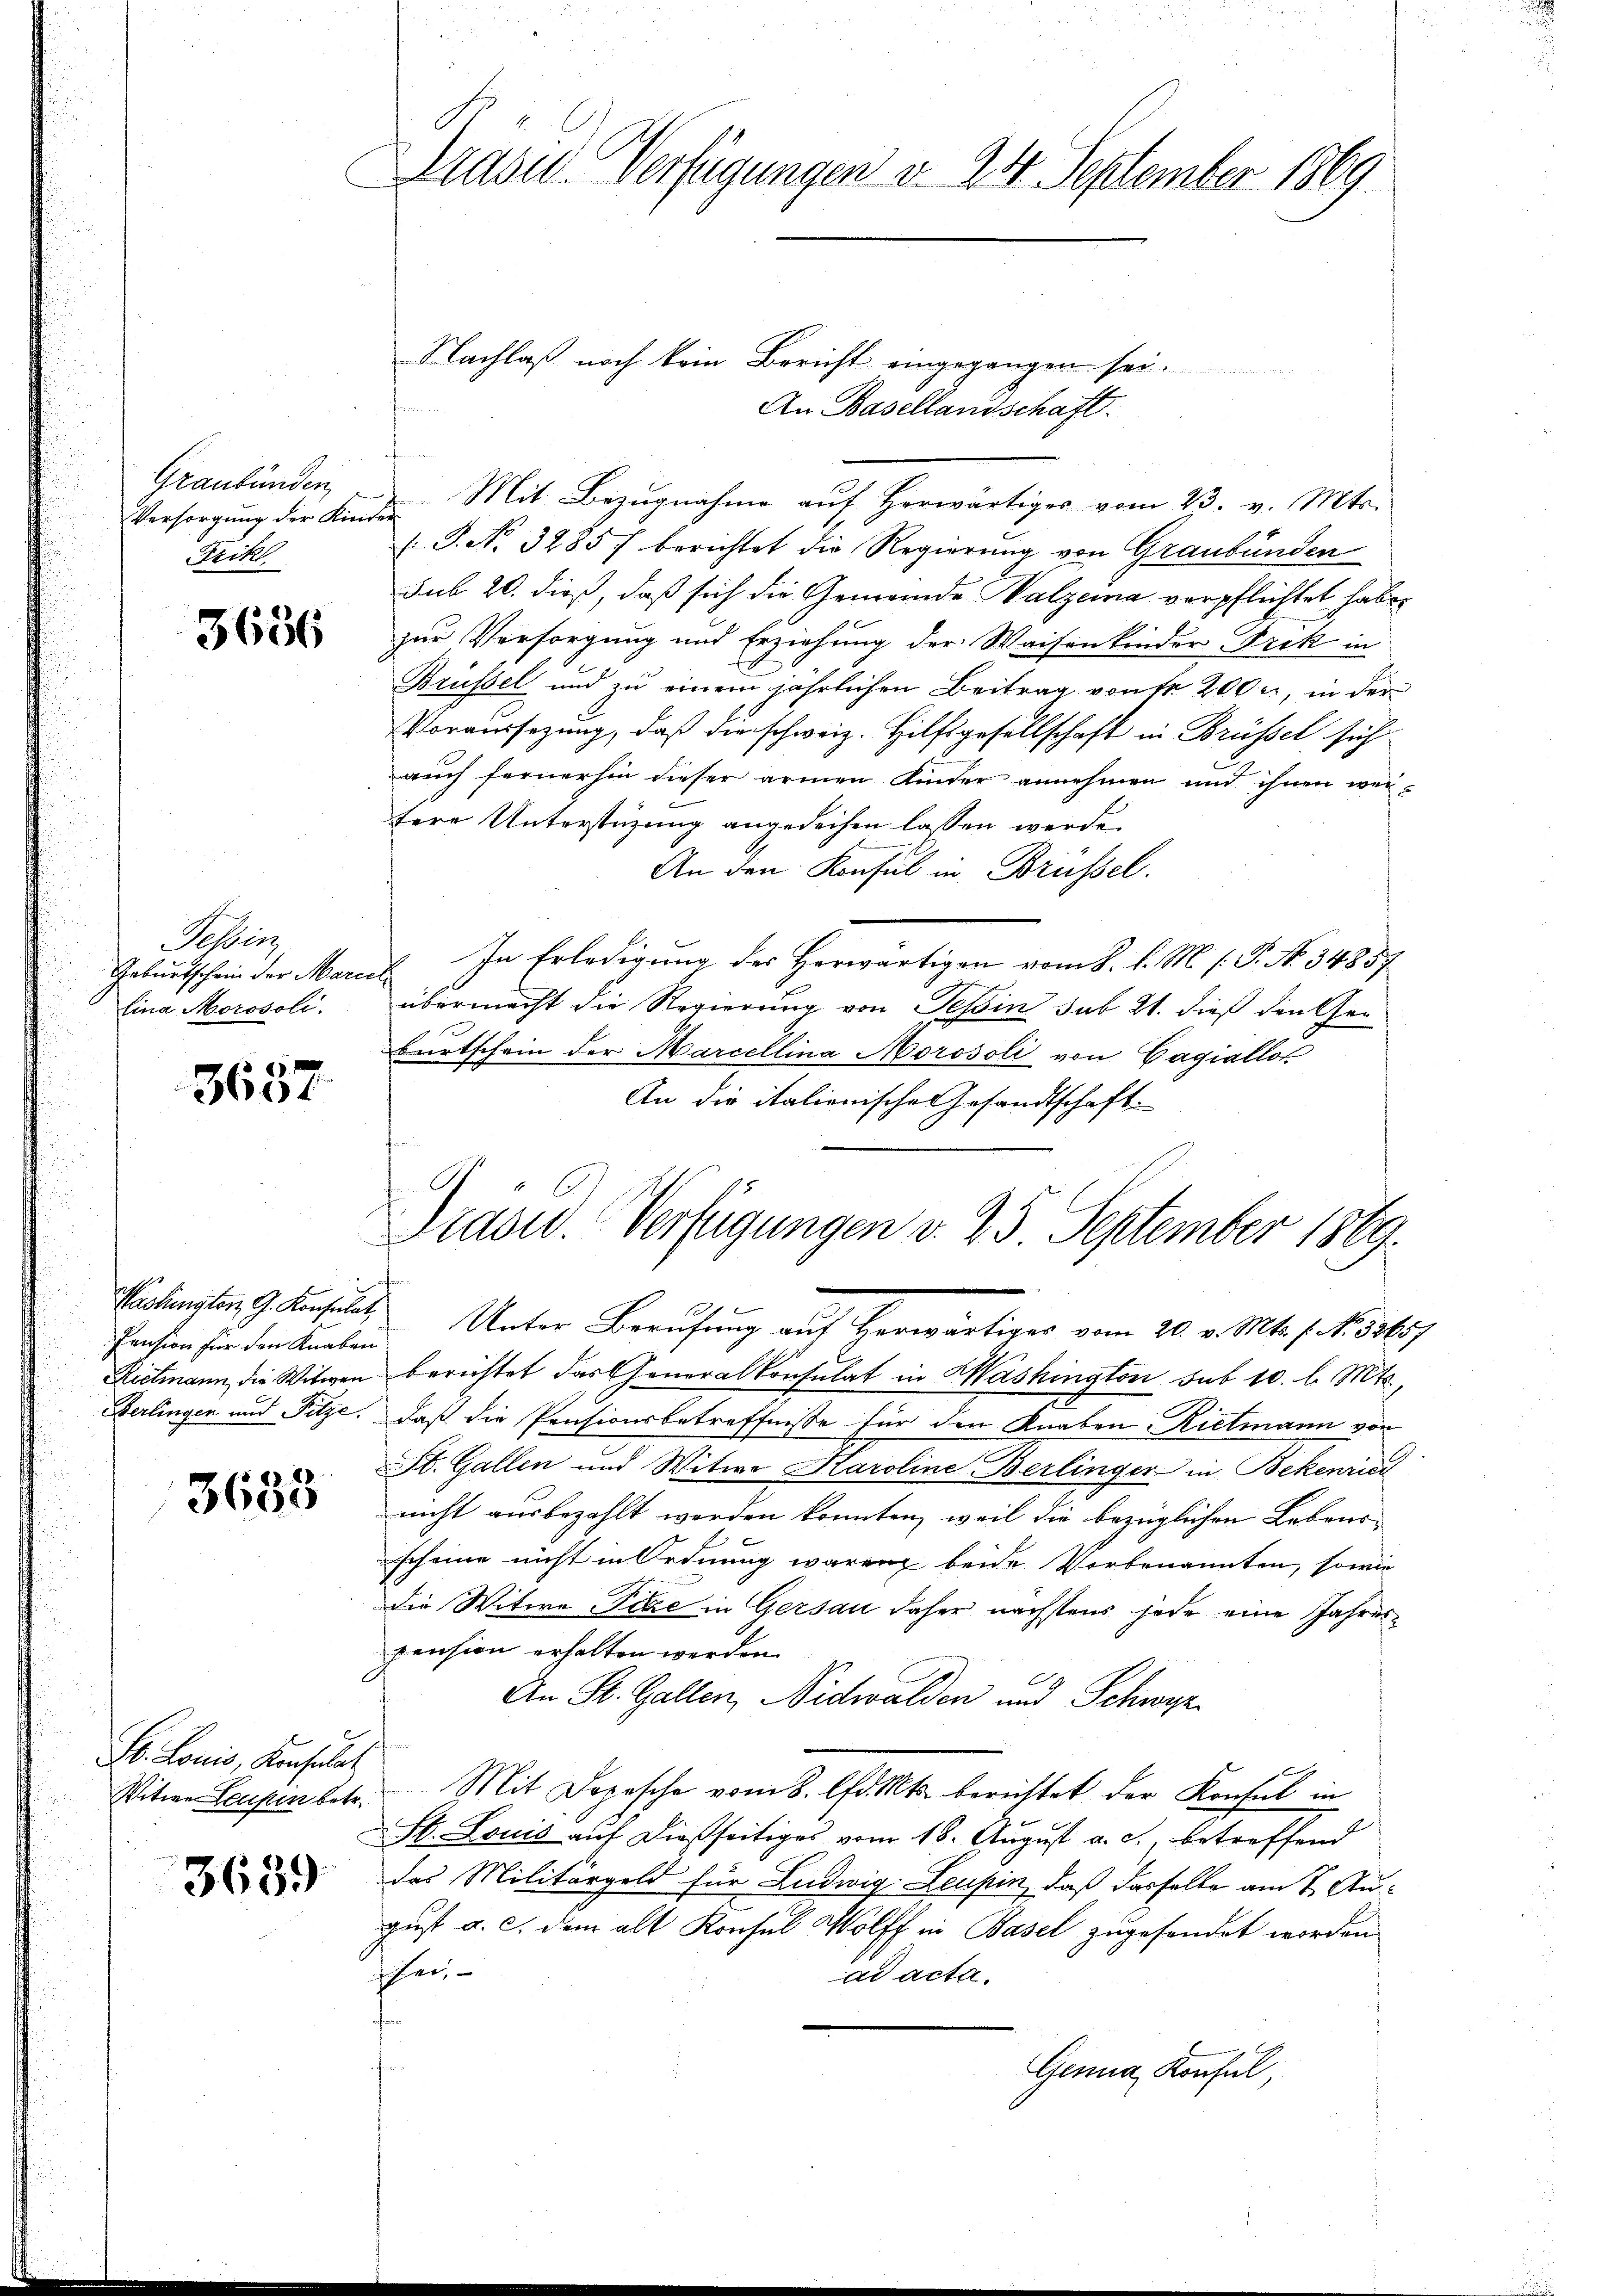
Graubünden,
Versorgung der Kinder
Frikl

3656

Posten
Geburtschein der Marcel

3637

1
Pension für den Knaben
erlingen und Pitze.

3635

S. Louis, Konsulat
Witwe Leuhin betr.
C

3639

Präsid. Verfügungen d. 24. September 1869.

Nachlaß noch kein Bericht eingegangen sei.
An Basellandschaft.
t
Mit Bezugnahme auf herwärtiges vom 23. v. Mts.
 P. No. 3285/ berichtet die Regierung von Graubünden
sub 20. dieß, daß sich die Gemeinde Walzeina verpflichtet haben
zur Versorgung und Erziehung der Waisenkinder Frik in
Brüssel und zu einem jährlichen Beitrag von Fr. 2000, in der
Voraussezung, daß die schweiz. Hilfsgesellschaft in Brüssel sich
auch fernerhin dieser armen Kinder annehmen und ihnen weitere Unterstüzung angedeihen lassen werde.
An den Konsul in Brüssel.
In Erledigung der Herwärtigen vom 8. d. M. h. T. No. 34857
lina Merosoli übermacht die Regierung von Tessin sub 21. dieß den Geburtschein der Marcellina Morosoli von Gagiallor
An die italionische Gesandtschaft.

Drasw. Verfügungen v. 25 September 1869.

Washingten G. Konsulat Unter Berufung auf Herwärtiges vom 20. v. Mts. f. No. 32657
Rietmann die Witwen berichtet das Generalkonsulat in Washington sub 10. l. Mts.,
daß die Pensionsbetreffnisse für den Knaben Rietmann von
St. Gallen und Witwe Karoline Berlinger in Bekenric
nicht ausbezahlt werden konnten, weil die bezüglichen Lebensscheine nicht in Ordnung waren beide Vorbenannten, sowie
die Witwe Tiere in Gersau daher nächstens jede eine Jahrespension erhalten werden.
An St. Gallen, Nidwalden und Schwyz
Mit Dopesche vom 8. lfd. Mts. berichtet der Konsul in
St. Louis auf dießseitiges vom 18. August a. c., betreffend
das Militärgeld für Ludwig Leupin, daß dasselbe am 7. August a. c. dem alt Konsul Wolff in Basel zugefandet worden.
hen
ad acta.
e
Genua, Konsul,